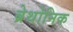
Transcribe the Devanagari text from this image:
ब्रेथोनिक